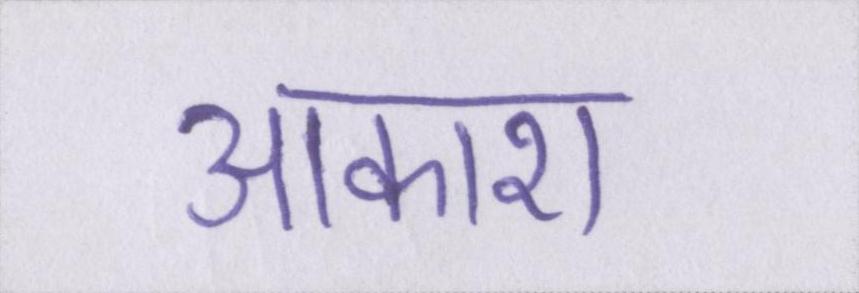
आकाश